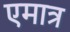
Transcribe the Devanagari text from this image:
एमात्र